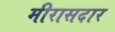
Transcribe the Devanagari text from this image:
मीरासदार